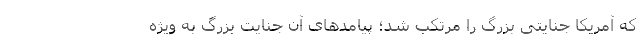
که آمریکا جنایتی بزرگ را مرتکب شد؛ پیامدهای آن جنایت بزرگ به ویژه